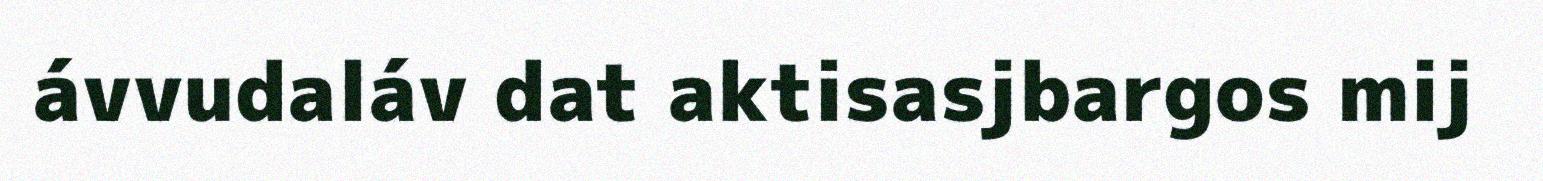
ávvudaláv dat aktisasjbargos mij